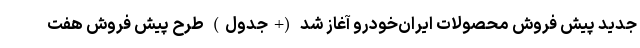
جدید پیش ‌فروش محصولات ایران‌خودرو آغاز شد (+جدول) طرح پیش فروش هفت